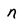
Character: n